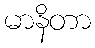
မာနိတာ